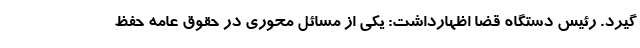
گیرد. رئیس دستگاه قضا اظهارداشت: یکی از مسائل محوری در حقوق عامه حفظ